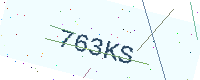
Text: 763KS